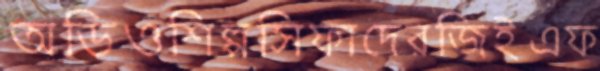
অডিওশিল্পসিফাদেরজিইএফ